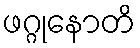
ဖဂ္ဂုနောတိ